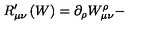
R _ { \mu \nu } ^ { \prime } \left( W \right) = \partial _ { \rho } W _ { \mu \nu } ^ { \rho } -